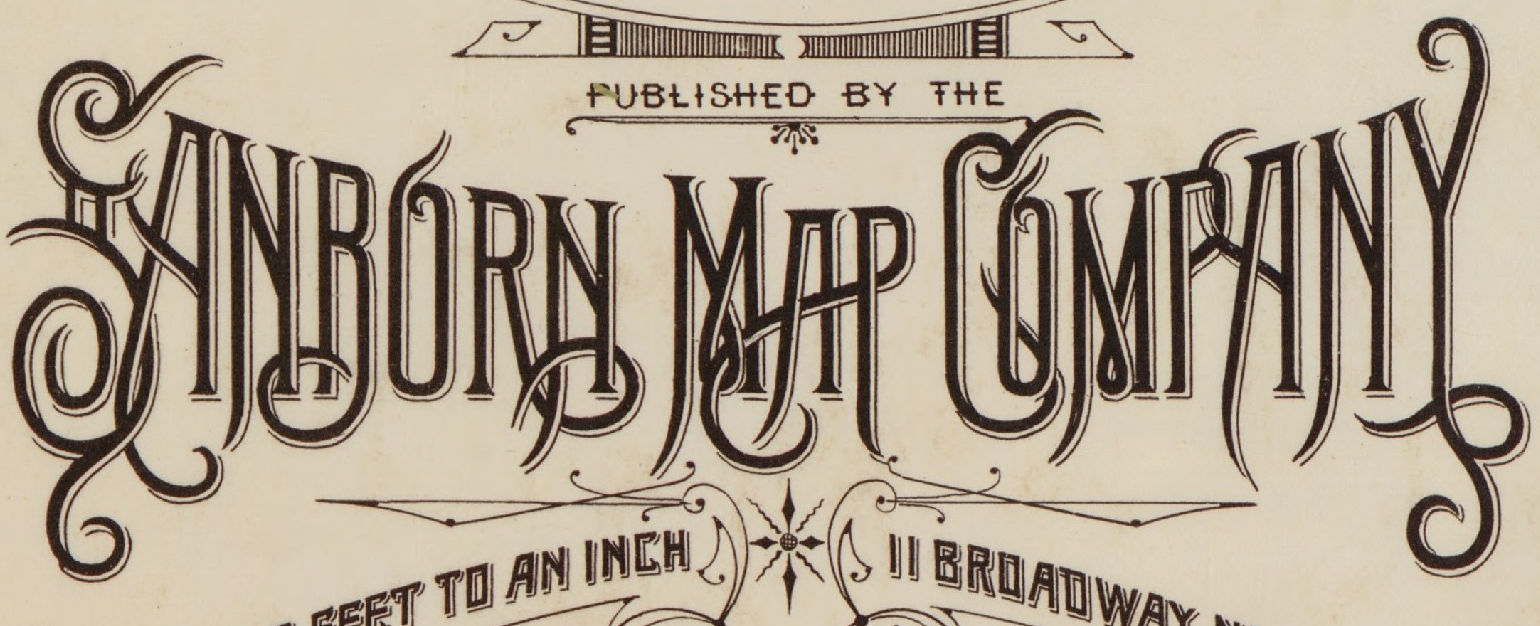
ANRORN MAP COMPANY